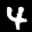
Label: 4